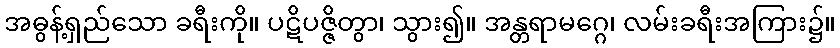
အဓွန့်ရှည်သော ခရီးကို။ ပဋိပဇ္ဇိတွာ၊ သွား၍။ အန္တရာမဂ္ဂေ၊ လမ်းခရီးအကြား၌။